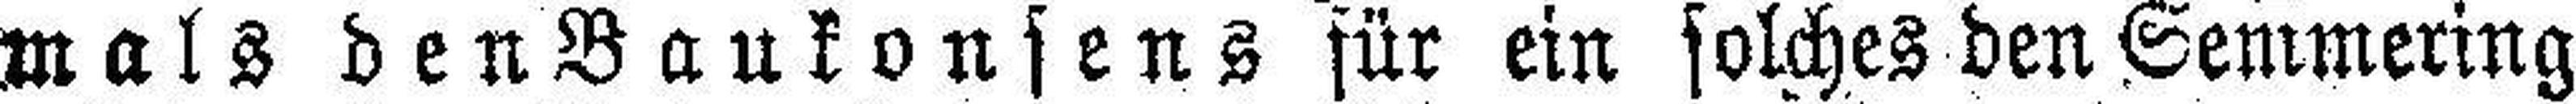
mals den Baukonsens für ein solches den Semmering